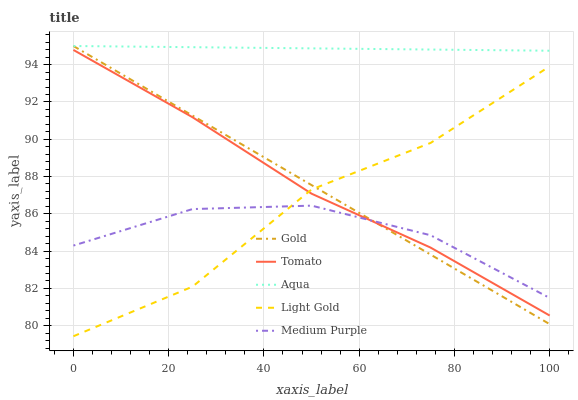
| xaxis_label | Gold | Tomato | Aqua | Light Gold | Medium Purple |
 | --- | --- | --- | --- | --- | --- |
 | 0 | 95 | 94.8 | 95 | 79.4 | 84.3 |
 | 25 | 91.3 | 91.2 | 94.9 | 82.1 | 86.3 |
 | 50 | 87.5 | 87.1 | 94.9 | 87.3 | 86.4 |
 | 75 | 83.8 | 84.2 | 94.8 | 89.8 | 84.9 |
 | 100 | 80.1 | 80.5 | 94.7 | 93.9 | 81.5 |